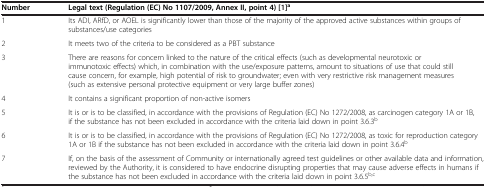
| Number | Legal text (Regulation (EC) No 1107/2009, Annex II, point 4)[1]a |
 | --- | --- |
 | 1 | Its ADI, ARfD, or AOEL is significantly lower than those of the majority of the approved active substances within groups of substances/use categories |
 | 2 | It meets two of the criteria to be considered as a PBT substance |
 | 3 | There are reasons for concern linked to the nature of the critical effects (such as developmental neurotoxic or immunotoxic effects) which, in combination with the use/exposure patterns, amount to situations of use that could still cause concern, for example, high potential of risk to groundwater; even with very restrictive risk management measures (such as extensive personal protective equipment or very large buffer zones) |
 | 4 | It contains a significant proportion of non-active isomers |
 | 5 | It is or is to be classified, in accordance with the provisions of Regulation (EC) No 1272/2008, as carcinogen category 1A or 1B, if the substance has not been excluded in accordance with the criteria laid down in point 3.6.3b |
 | 6 | It is or is to be classified, in accordance with the provisions of Regulation (EC) No 1272/2008, as toxic for reproduction category 1A or 1B if the substance has not been excluded in accordance with the criteria laid down in point 3.6.4b |
 | 7 | If, on the basis of the assessment of Community or internationally agreed test guidelines or other available data and information, reviewed by the Authority, it is considered to have endocrine disrupting properties that may cause adverse effects in humans if the substance has not been excluded in accordance with the criteria laid down in point 3.6.5b,c |